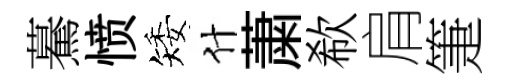
驀愤矮什䔥欷肩箑